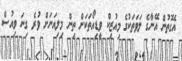
އެގޮތުން އޭނާގެ ލަވަތަކުގެ މިއުޒިކް ވީޑިއޯތަކަށް ތިން މިލިއަނަށް ވުރެ ގިނަ ވިއުސް